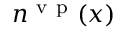
n ^ { \ensuremath { \mathrm { ~ v ~ p ~ } } } ( x )